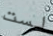
لست